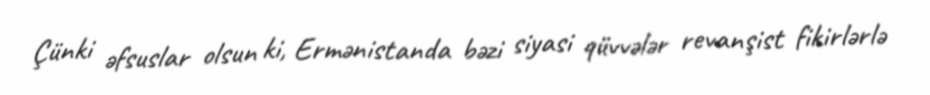
Çünki əfsuslar olsun ki, Ermənistanda bəzi siyasi qüvvələr revanşist fikirlərlə